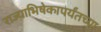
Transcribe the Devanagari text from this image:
राज्याभिषेकापर्यंतच्या